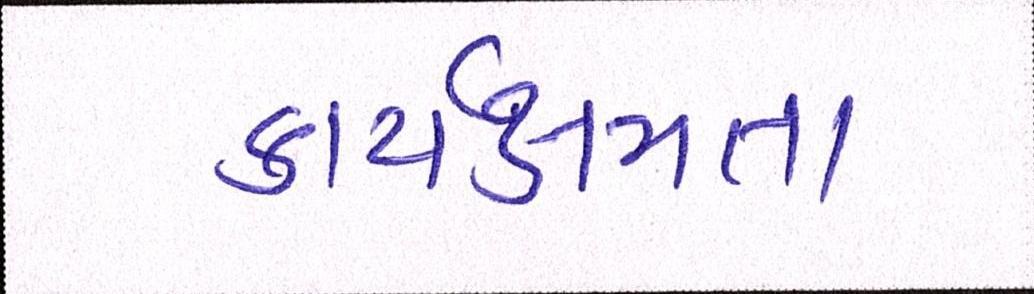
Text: કાર્યક્ષમતા